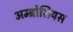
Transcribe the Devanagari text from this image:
अम्ब्रोसियस